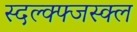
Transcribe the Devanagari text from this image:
स्दल्क्फ्जस्क्ल